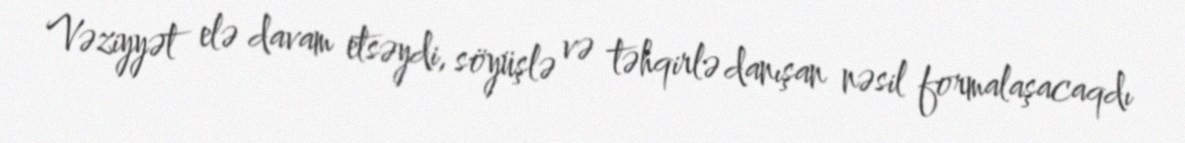
Vəziyyət elə davam etsəydi, söyüşlə və təhqirlə danışan nəsil formalaşacaqdı